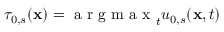
\tau _ { 0 , s } ( \mathbf { x } ) = \mathrm { ~ a ~ r ~ g ~ m ~ a ~ x ~ } _ { t } u _ { 0 , s } ( \mathbf { x } , t )